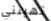
تهينني